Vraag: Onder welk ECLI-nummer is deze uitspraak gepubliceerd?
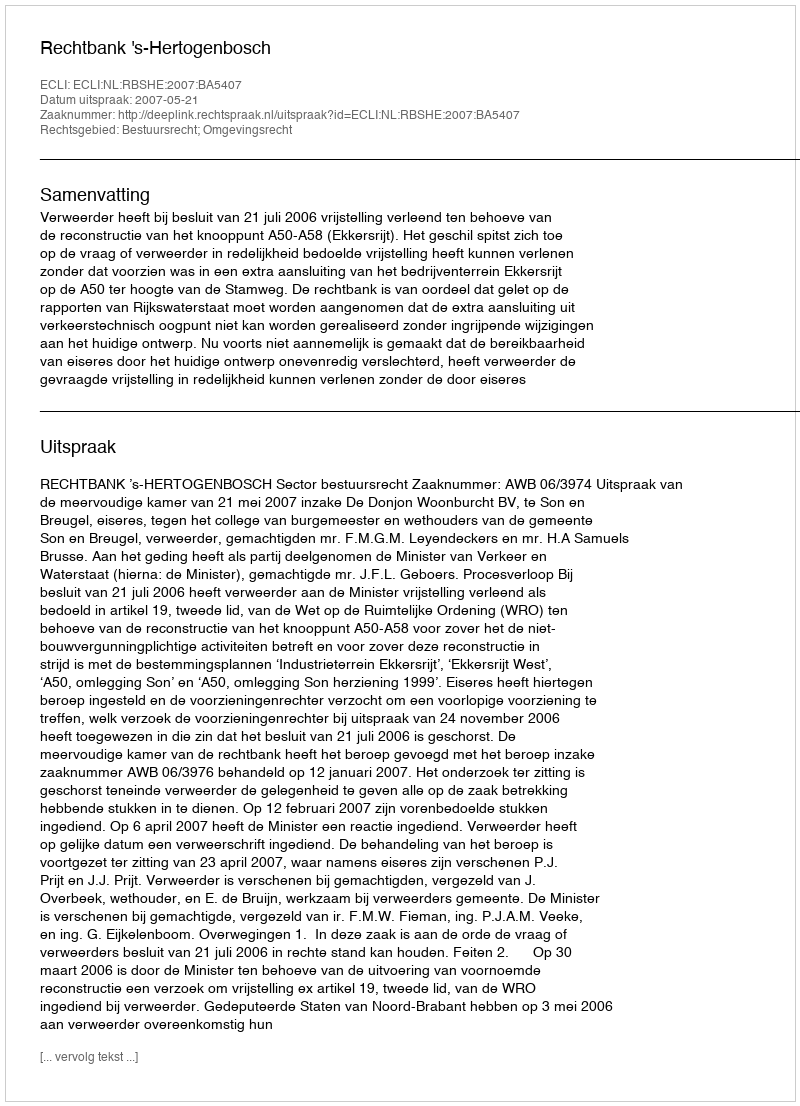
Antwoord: ECLI:NL:RBSHE:2007:BA5407